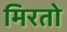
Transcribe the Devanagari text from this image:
मिरतो